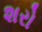
શરો